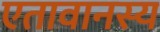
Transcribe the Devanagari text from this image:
एतावानस्य